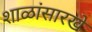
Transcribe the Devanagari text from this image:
शाळांसारखे